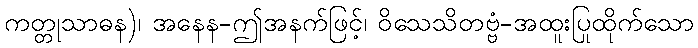
ကတ္တုသာဓန)၊ အနေန-ဤအနက်ဖြင့်၊ ဝိသေသိတဗ္ဗံ-အထူးပြုထိုက်သော